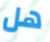
هل